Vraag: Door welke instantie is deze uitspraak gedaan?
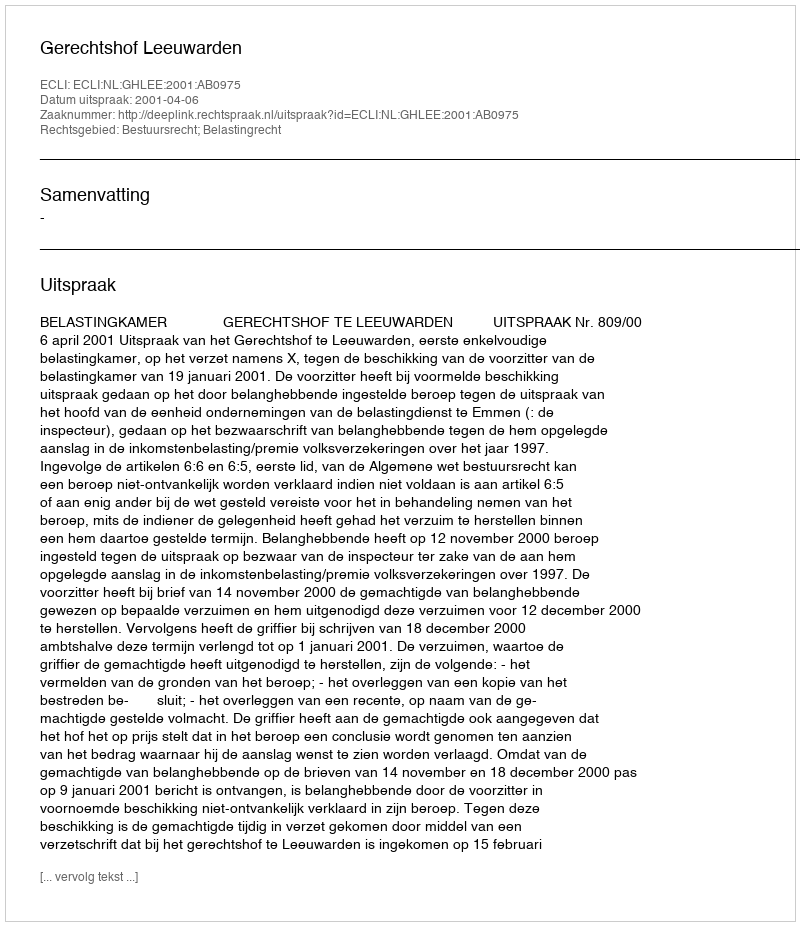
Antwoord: Gerechtshof Leeuwarden